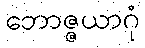
ဘောဇ္ဇယာဂုံ